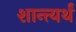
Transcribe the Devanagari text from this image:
शान्त्यर्थं